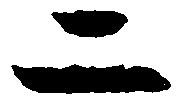
二